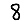
Digit: 8